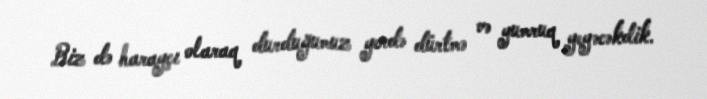
Biz də harayçı olaraq durduğumuz yerdə dürtmə və yumruq yeyəcəkdik.